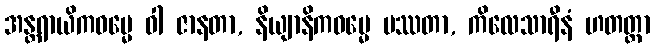
အန္တရာယိကဓမ္မေ ဝါ ဇာနတာ, နိယျာနိကဓမ္မေ ပဿတာ, ကိလေသာရီနံ ဟတတ္တာ